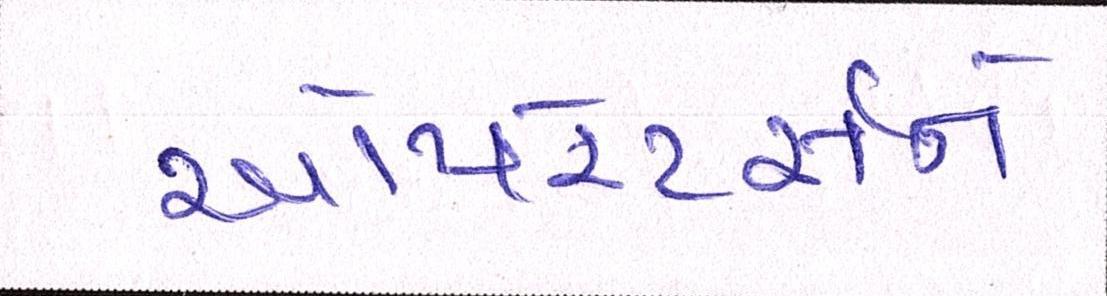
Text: ઓપરેટર્સને